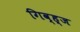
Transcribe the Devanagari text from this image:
गिव्ह्‌ज